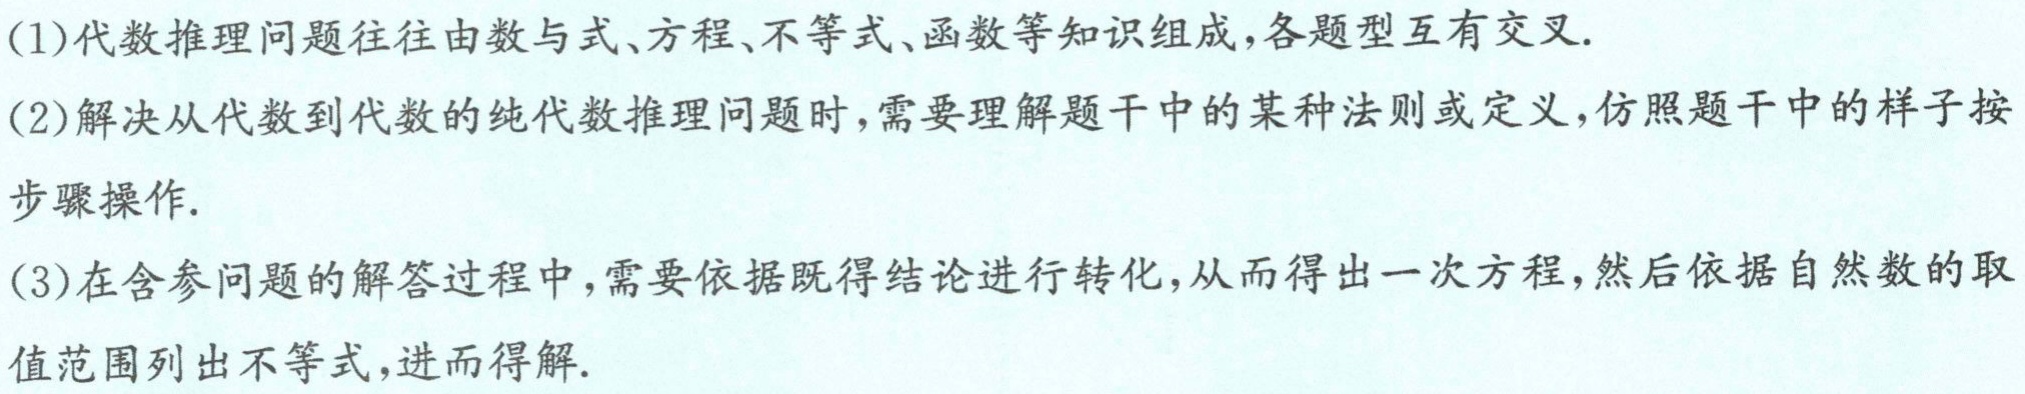
(1)代数推理问题往往由数与式、方程、不等式、函数等知识组成，各题型互有交叉.
(2)解决从代数到代数的纯代数推理问题时，需要理解题干中的某种法则或定义，仿照题干中的样子按步骤操作.
(3)在含参问题的解答过程中，需要依据既得结论进行转化，从而得出一次方程，然后依据自然数的取值范围列出不等式，进而得解.